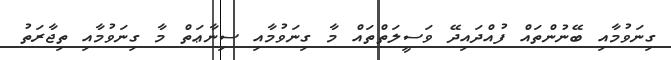
ގިނަވުމާއި ބޭނުންތައް ފުއްދައިދޭ ވަސީލަތްތައް މާ ގިނަވުމާއި ސިނާޢަތް މާ ގިނަވުމާއި ތިޖާރަތު